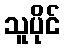
သူပိုင်